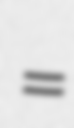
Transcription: =